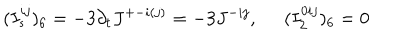
( I _ { s } ^ { i j } ) _ { 6 } = - 3 \partial _ { t } J ^ { + - i ( j ) } = - 3 J ^ { - i j } , \; \; ( I _ { 2 } ^ { 0 i j } ) _ { 6 } = 0